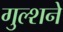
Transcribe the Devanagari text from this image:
गुल्शने